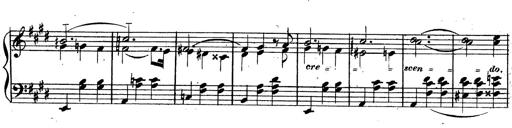
Title: 3 Caprices-Valses
Composer: Franz Liszt